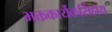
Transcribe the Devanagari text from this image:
भक्तकार्यैकसिंहाय